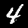
Label: 4